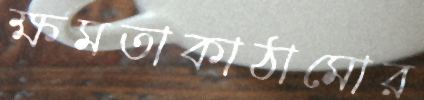
ক্ষমতাকাঠামোর